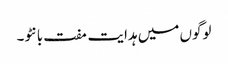
لوگوں میں ہدایت مفت بانٹو۔